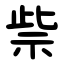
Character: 祡